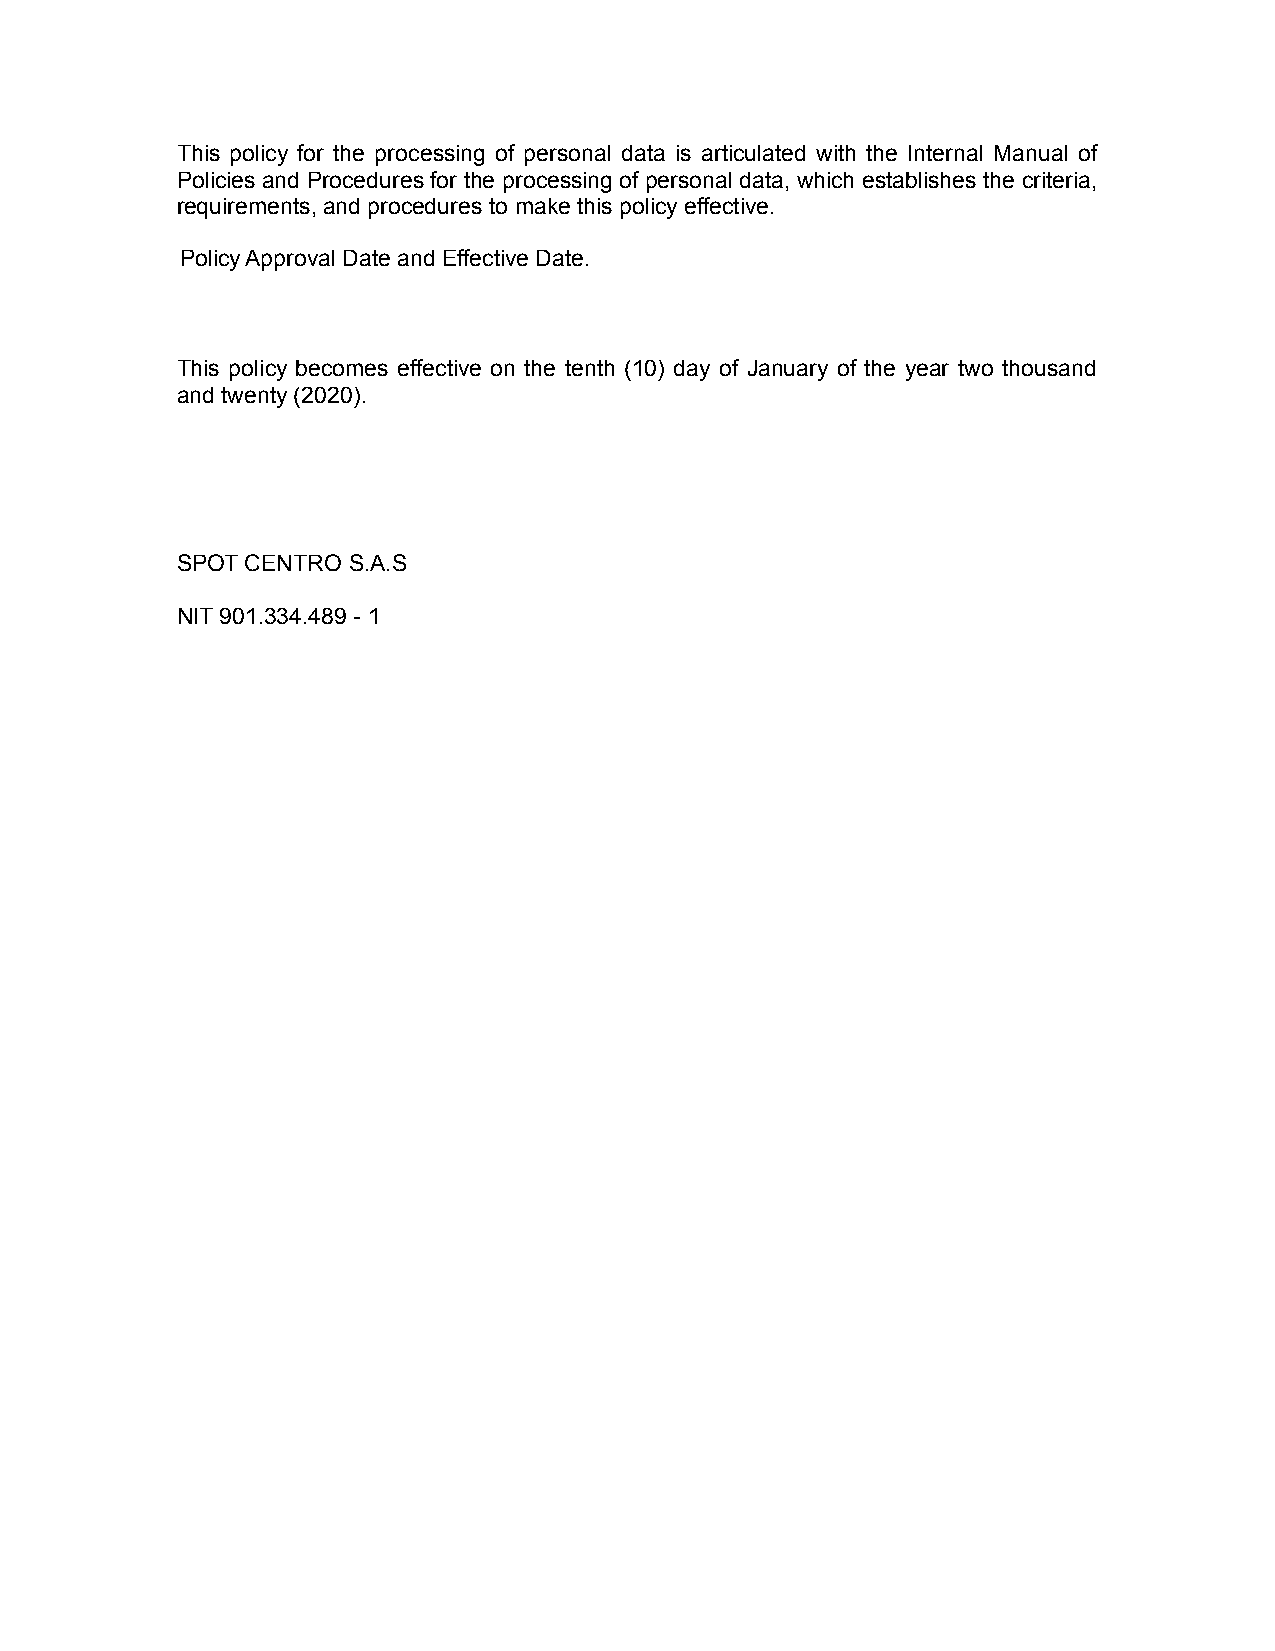
This policy for the processing of personal data is articulated with the Internal Manual of
 Policies and Procedures for the processing of personal data, which establishes the criteria,
 requirements, and procedures to make this policy effective.
 Policy Approval Date and Effective Date.
 This policy becomes effective on the tenth (10) day of January of the year two thousand
 and twenty (2020).
 SPOT CENTRO S.A.S
 NIT 901.334.489 - 1